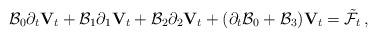
LaTeX: \begin{align*}\mathcal{B}_0\partial_t{\mathbf V}_{t}+\mathcal{B}_1\partial_1{\mathbf V}_{t}+\mathcal{B}_2\partial_2{\mathbf V}_{t}+(\partial_t\mathcal B_0+\mathcal{B}_3){\mathbf V}_{t}=\tilde{\mathcal F}_t\,,\end{align*}